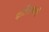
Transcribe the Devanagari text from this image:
हालैंडवासी